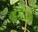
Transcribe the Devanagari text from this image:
डेशीने